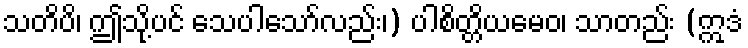
သတိပိ၊ ဤသို့ပင် သေပါသော်လည်း၊) ပါစိတ္တိယမေဝ၊ သာတည်း (ဣဒံ